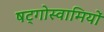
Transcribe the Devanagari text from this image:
षट्गोस्वामियों